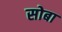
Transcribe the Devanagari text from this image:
सोबा